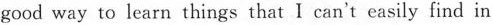
good way to learn things that I can't easily find in